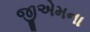
જીએમના